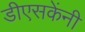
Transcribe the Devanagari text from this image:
डीएसकेंनी